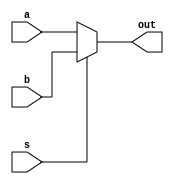
module mux_2to1_12bit(a, b, s, out);
	input [11:0] a, b;
	input s;
	output [11:0] out;
	
	assign out = s ? b : a;
	
endmodule